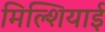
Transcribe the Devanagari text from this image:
मिल्शियाई